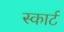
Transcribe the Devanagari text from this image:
स्कार्ट